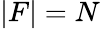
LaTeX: |F|=N